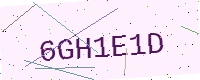
Text: 6GH1E1D